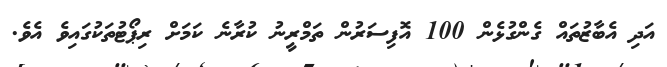
އަދި އެބާޒުތައް ގެންގުޅެން 100 އޮފިސަރުން ތަމްރީނު ކުރާނެ ކަމަށް ރިޕޯޓުތަކުގައިވެ އެވެ.